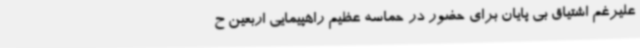
علیرغم اشتیاق بی پایان برای حضور در حماسه عظیم راهپیمایی اربعین ح